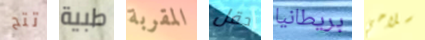
تتح طبية المقربة حقل بريطانيا سلاحي